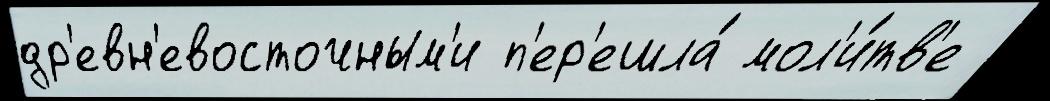
др'евн'евосточным'и п'ер'ешла́ мол'и́тв'е